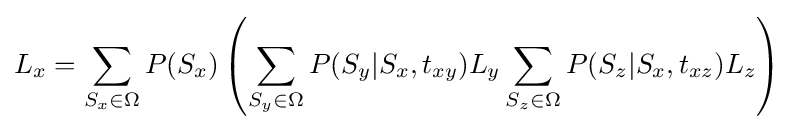
L_{x}=\sum _{S_{x}\in \Omega }P(S_{x})\left(\sum _{S_{y}\in \Omega }P(S_{y}|S_{x},t_{xy})L_{y}\sum _{S_{z}\in \Omega }P(S_{z}|S_{x},t_{xz})L_{z}\right)